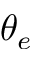
\theta _ { e }